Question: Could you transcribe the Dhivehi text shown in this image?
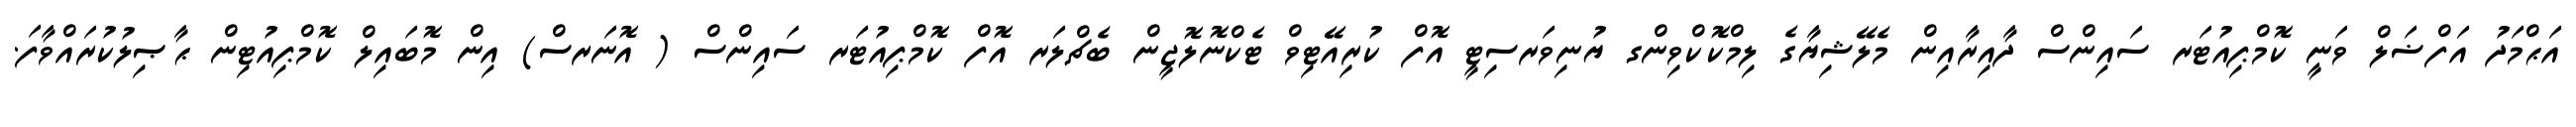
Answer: އަޙްމަދު އަފްޟަލް ވަނީ ކޮމްޕިއުޓަރ ސައިންސް ދާއިރާއިން މެލޭޝިޔާގެ ލިމްކޮކްވިންގ ޔުނިވަރސިޓީ އޮފް ކުރިއޭޓިވް ޓެކްނޮލޮޖީން ބެޗްލަރ އޮފް ކޮމްޕިއުޓަރ ސައިންސް ( އޮނަރސް) އިން މޮބައިލް ކޮމްޕިއުޓިން ޙާޞިލުކުރައްވާފަ.